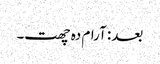
بعد: آرام دہ چھت۔